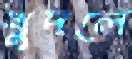
খুদলে